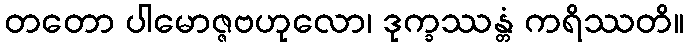
တတော ပါမောဇ္ဇဗဟုလော၊ ဒုက္ခဿန္တံ ကရိဿတိ။